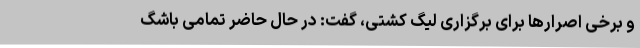
و برخی اصرارها برای برگزاری لیگ کشتی، گفت: در حال حاضر تمامی باشگ